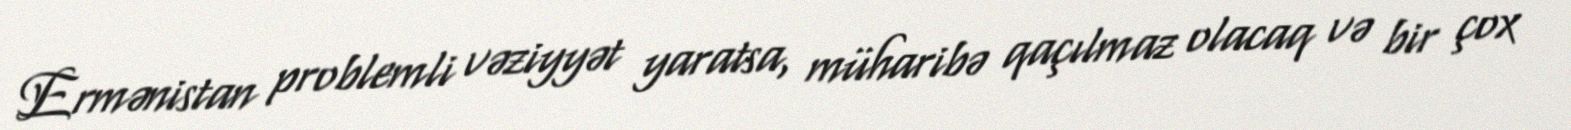
Ermənistan problemli vəziyyət yaratsa, müharibə qaçılmaz olacaq və bir çox